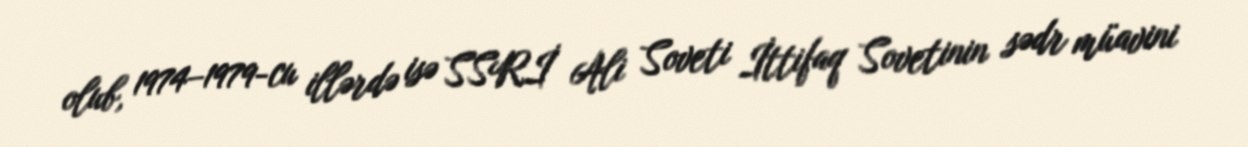
olub, 1974–1979-cu illərdə isə SSRİ Ali Soveti İttifaq Sovetinin sədr müavini